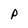
Character: P